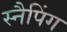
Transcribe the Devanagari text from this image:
स्नैपिंग